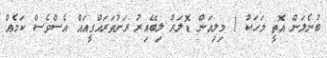
ބުނެލަން އޮތީ މަހަކު 1 މިލިއަން ޑޮލަރު ލިބޭއިރު ރަށުތަރައްގީއައް އެސްވެސް ކަމެއް